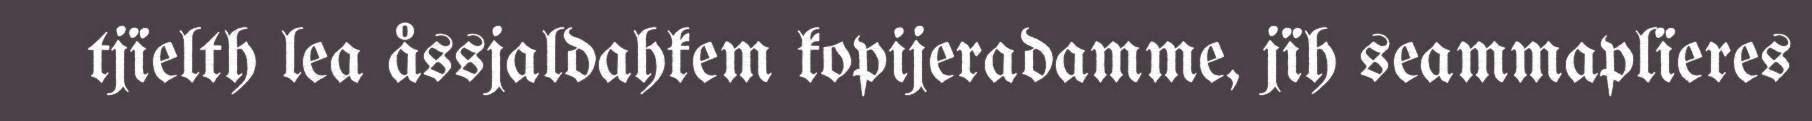
tjïelth lea åssjaldahkem kopijeradamme, jïh seammaplïeres